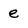
Character: e